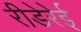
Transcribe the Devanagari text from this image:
रीडेरेई